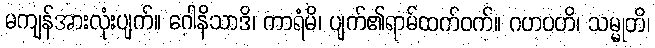
မကျန်အားလုံးပျက်။ ဂေါနိသာဒိ၊ ကာရံမိ၊ ပျက်၏ရာမ်ထက်ဝက်။ ဂဟပတိ၊ သမ္မုတိ၊